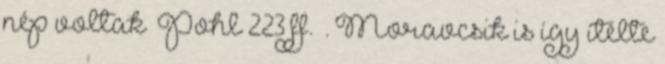
nép voltak Pohl 223 ff. . Moravcsik is így ítélte